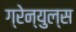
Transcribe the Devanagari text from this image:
ग्रेन्युल्स